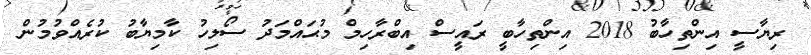
ރިޔާސީ އިންތިހާބު 2018 އިންތިހާބީ ރައީސް އިބްރާހިމް މުޙައްމަދު ސޯލިހު ކާމިޔާބު ކުރެއްވުމުން